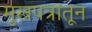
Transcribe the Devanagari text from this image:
मुखपत्रांतून